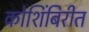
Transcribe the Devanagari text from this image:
कोशिंबिरीत